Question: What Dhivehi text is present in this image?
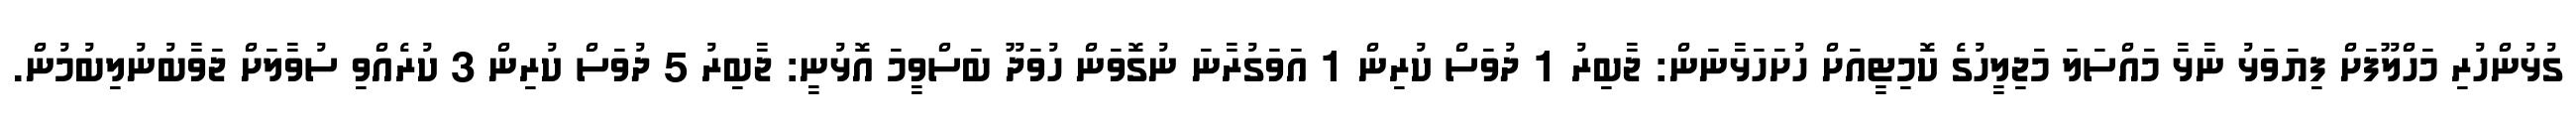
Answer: ގުޅުންހުރި މަހްލޫފަށް ފިޔަވަޅު ނާޅާ މައްސަލަ މަޖިލީހުގެ ކޮމިޓީއަށް ހުށަހަޅާނަން: ޖާބިރު 1 ދުވަސް ކުރިން 1 އަވަގުރާނަ ނުގޮވަން ހުވަދޫ ބަސްވީމަ އޮޅުނީ: ޖާބިރު 5 ދުވަސް ކުރިން 3 ކުރެއްވި ސުވާލަށް ޖަވާބުނުލިބުމުން.